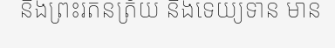
និងព្រះរតនត្រ័យ និងទេយ្យទាន មាន